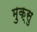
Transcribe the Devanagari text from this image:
मुक्सु